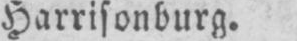
Harrisonburg.